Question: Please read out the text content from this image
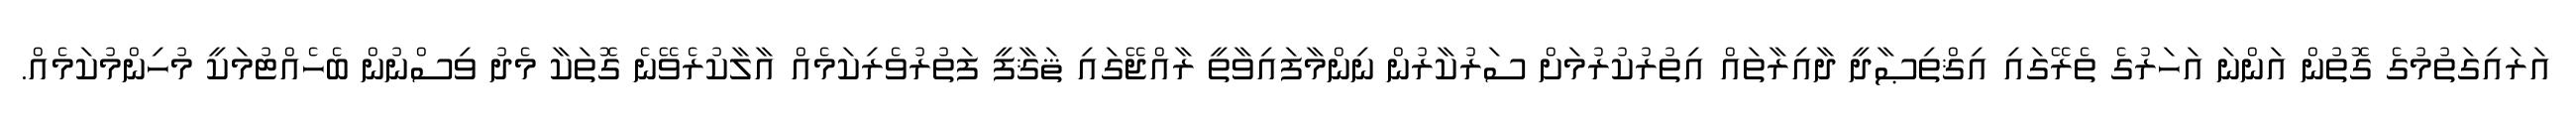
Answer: އަރައިގަތުމުގެ ގޮތުން އަންނަ އަހަރުގެ ތެރޭގައި އިޤްތިޞާދީ ދާއިރާތައް އިތުރުކުރުމަށް ސަރުކާރުން ނިންމާފައިވާތީ ރާއްޖޭގައި ޘަޤާފީ ފަތުރުވެރިކަމެއް އާލާކުރެވޭނެ ގޮތަކާ މެދު ވިސްނުން ބެހެއްޓުމަކީ މުހިންމުކަމެއް.